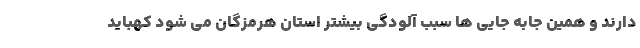
دارند و همین جابه جایی ها سبب آلودگی بیشتر استان هرمزگان می شود کهباید